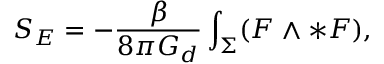
S _ { E } = - \frac { \beta } { 8 \pi G _ { d } } \int _ { \Sigma } ( F \wedge \ast F ) ,